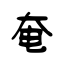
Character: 奄